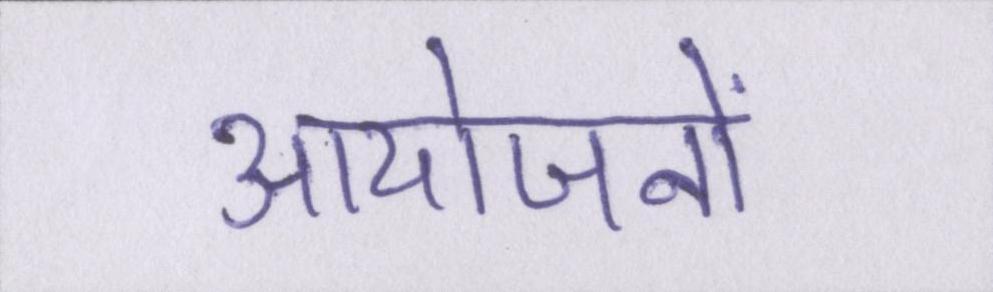
आयोजनों